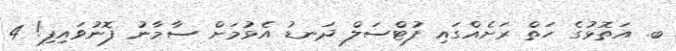
ބ. އަތޮޅުގެ ހަތް ރަށެއްގައި ފުޓްސަލް ދަނޑު އެޅުމަށް ސާމާނު ފޮނުވައިފި! 4